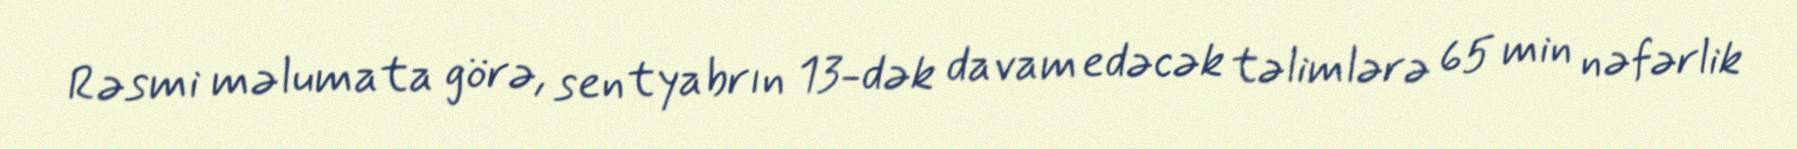
Rəsmi məlumata görə, sentyabrın 13-dək davam edəcək təlimlərə 65 min nəfərlik